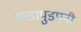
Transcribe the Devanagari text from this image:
थन्डायुडपनी